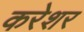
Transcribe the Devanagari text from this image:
करेशर